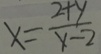
x = \frac { 2 + y } { y - 2 }